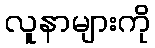
လူနာများကို